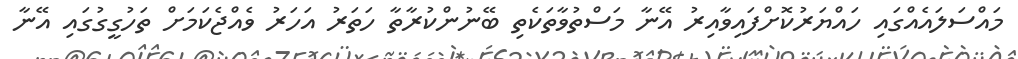
މައްސަލައެއްގައި ހައްޔަރުކޮށްފައިވާއިރު އޭނާ މަސްތުވާތަކެތި ބޭނުންކުރާތާ ހަތަރު އަހަރު ވެއްޖެކަމަށް ތަހުގީގުގައި އޭނާ